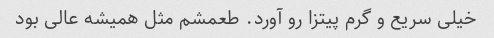
خیلی سریع و گرم پیتزا رو آورد. طعمشم مثل همیشه عالی بود